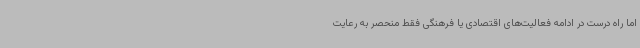
اما راه درست در ادامه فعالیت‌های اقتصادی یا فرهنگی فقط منحصر به رعایت